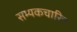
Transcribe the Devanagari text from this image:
सम्यकचारित्र